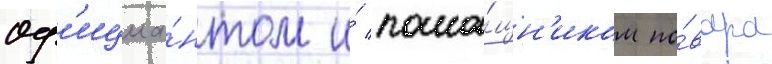
оф'ициа́нтом и́ помо́щн'иком по́вара